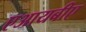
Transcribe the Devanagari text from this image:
एआयबीए